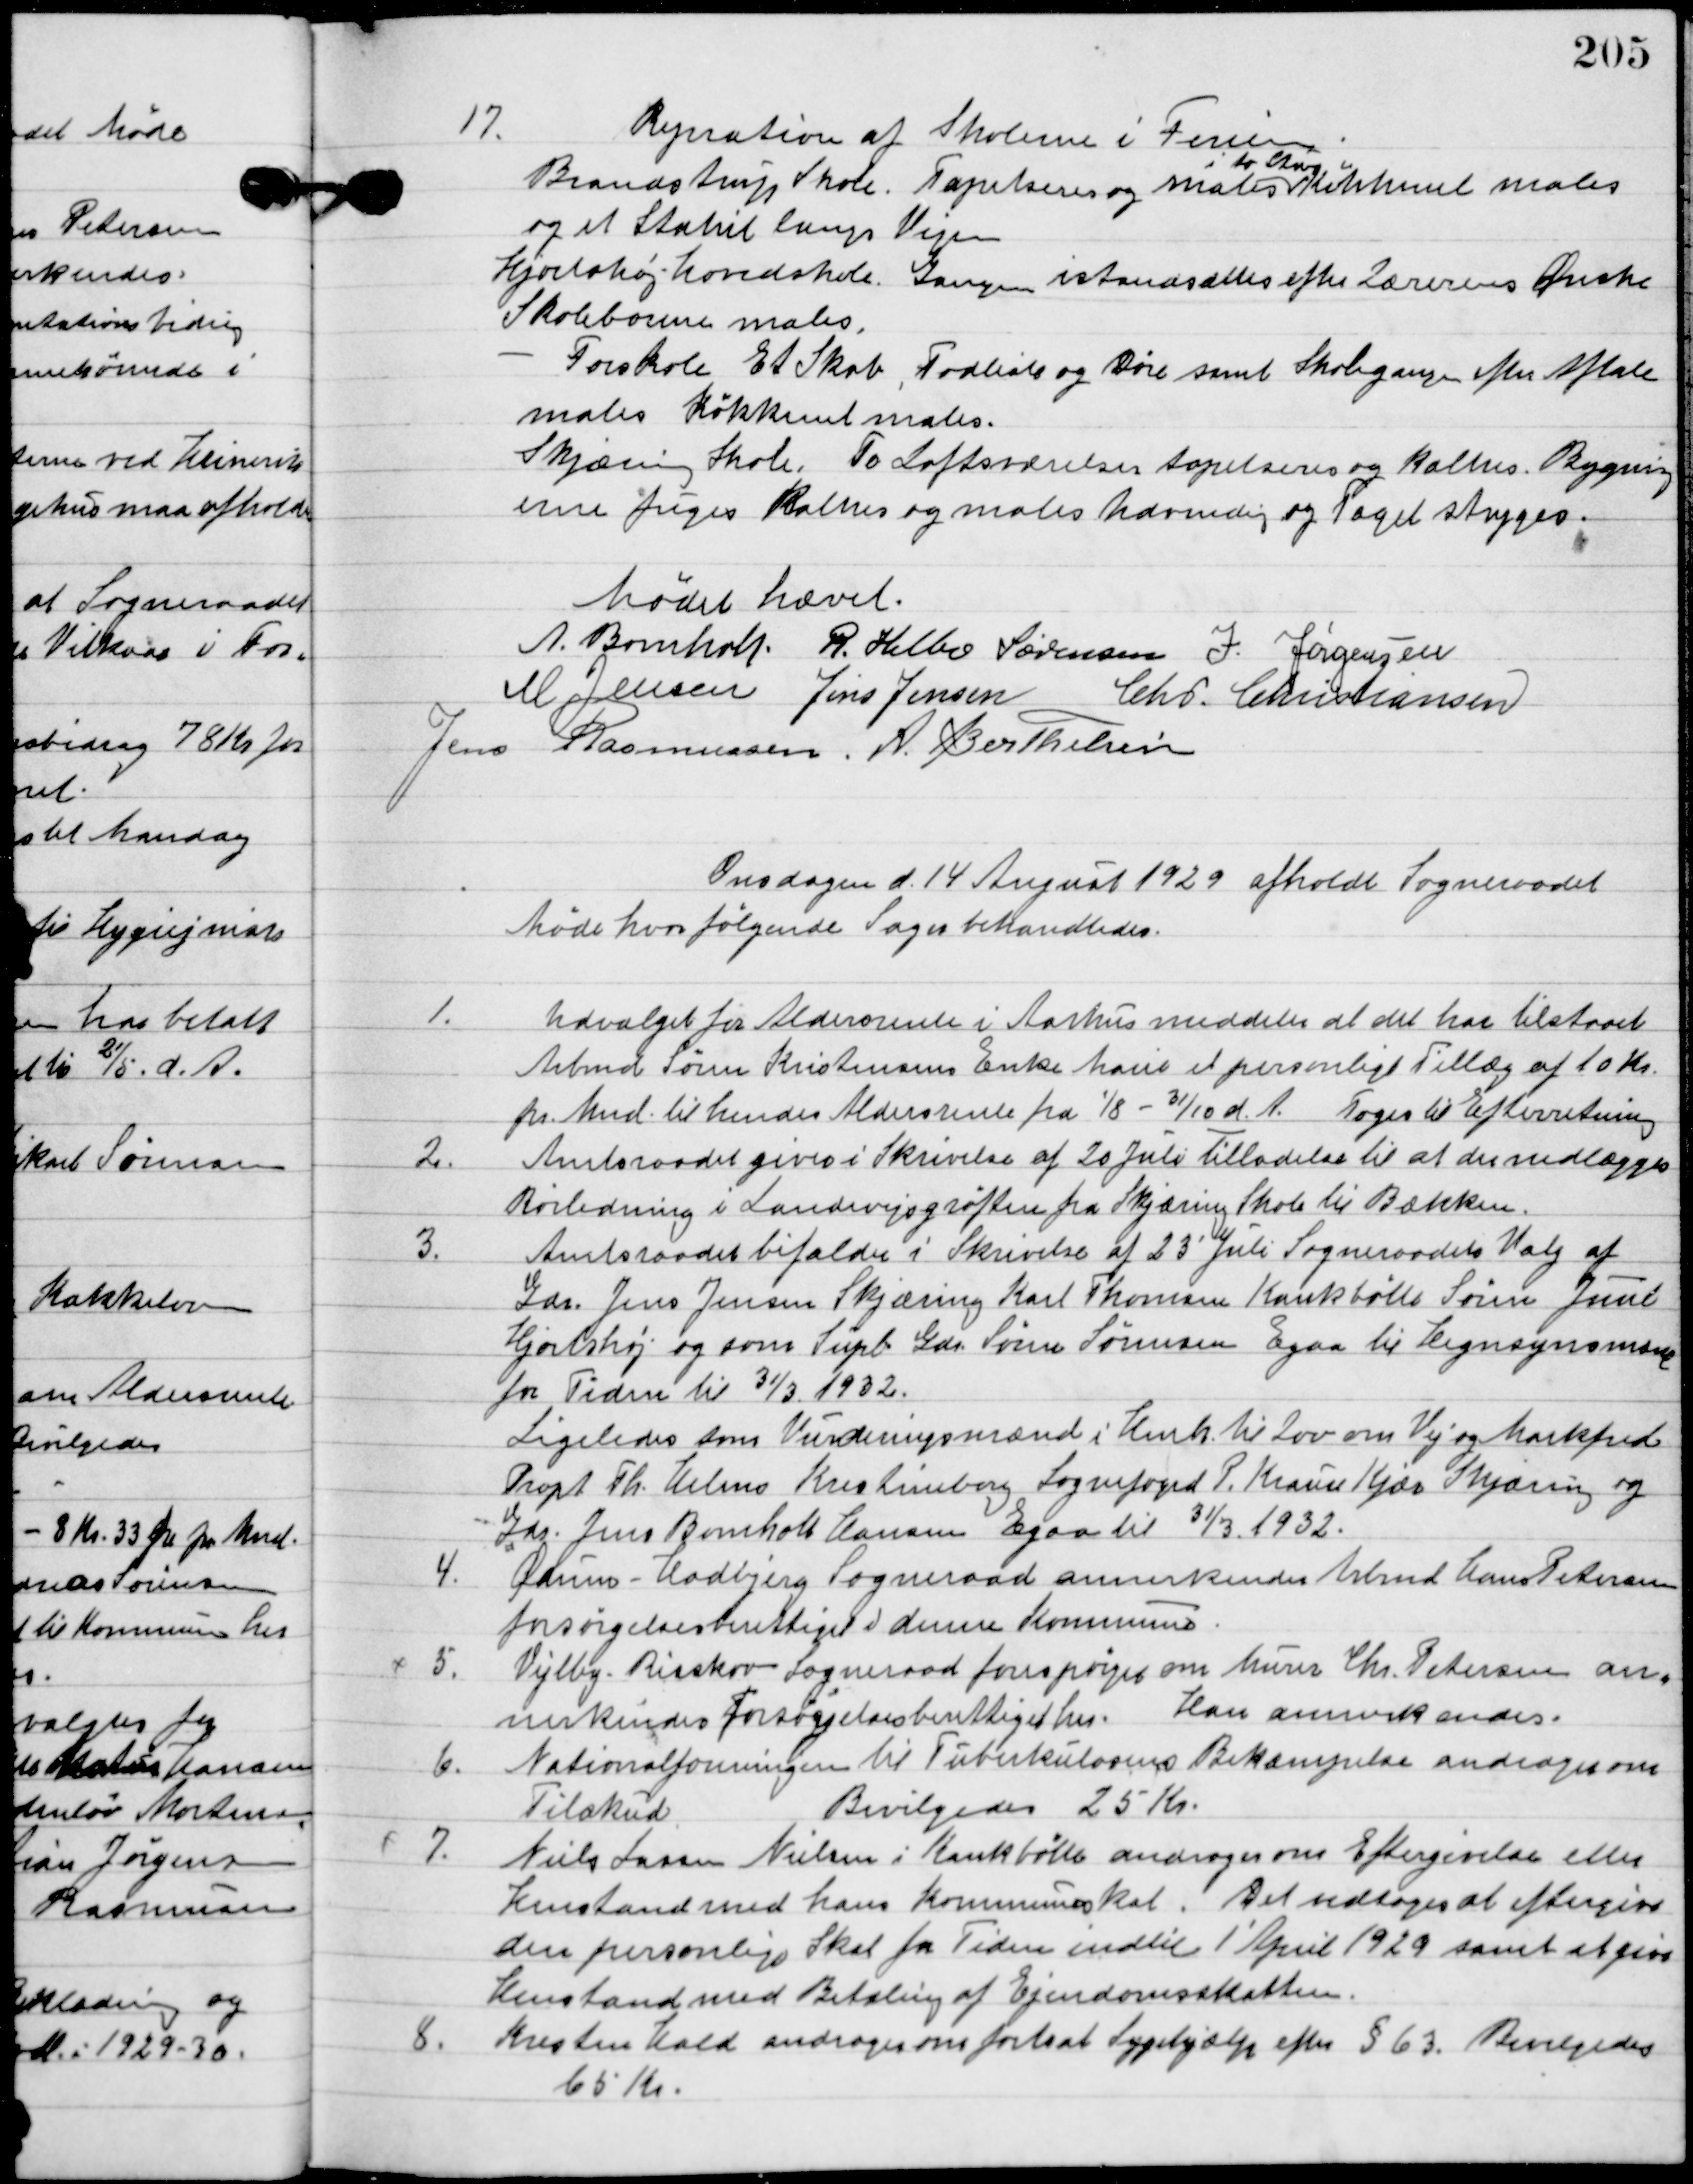
Transskription:
17

Reparation af skolerne i Ferien. 
Brandstrup Skole. Tapetseres og males
i to stuer
Køkkenet males 
og et Stakit langs Vejen.
Hjortshøj hovedskole. Gangen istandsættes efter 2lærernes ønske. 
Skolebordene males.
Forskole Et Skab, Fodliste og Døre samt Skolegangen efter Aftale 
males Køkkenet males.
Skjæring skole. To Loftsværelser tapetseres og males. Bygning-
erne fuges kalkes og males udvendig og taget stryges.

Mødet hævet.

Anders Bomholt
R. Helbo Sørensen
J. Jørgensen
M. Jensen
Jens Jensen
Chr. Christiansen
Jens Rasmussen
A. Berthelsen

Onsdag d. 14. August 1929 afholdt sognerådet
møde hvor følgende sager behandledes.

1

Udvalget for Aldersrente i Aarhus meddelelse at det har tilstodes
Arbmd. Søren Kristensens enke Marie et personligt tillæg af 10 kr.
 pr. Mnd. Til hendes Aldersrente fra 1/8-31/10 d. A.
 Toges til Efterretning.

2

Amtsraadet gives i Skrivelse af 20 juli Tilladelse til at der nedlægges
 Rørledning i Landevejsgrøften fra Skjæring Skole til bækken.

3

Amtsraadet bifalder i skrivelse af 23 juli Sogneraadets Valg af
Gdr. Jens Jensen Skjæring Karl Thomsen Kankbølle Søren Juul
Hjortshøj og som Supl. Gdr. Søren Sørensen Egaa til hegnssyn mand
for tiden til 31/3. 1932.
Ligeledes som Vurderingsmænd i henh. til lov om Vej og Markfred
Propt. Th. Helms Kristenborg Sognefoged P. Krause Kjær Skjæring og
Gdr. Jens Bomholt Hansen Egaa til 31/3. 1932.

4

Ødum-Hadbjerg Sogneraad forespørge om Arbmd. Hans Petersen
 forsørgelsesberettiget i denne kommune.

5

Vejby Risskov Sogneraad forespørger om murer Chr. Pedersen an
nerkendes forsørgelsesberettiget her.
Han annerkendes.

6

Nationalforeningen til Tuberkulose Bekæmpelse andragende om
Tilskud
Bevilgedes 25 kr.

7

Niels Larsen Nielsen i Krankbølle andragende om Eftergivelse eller
henstand med hans kommuneskat. Det vedtoges at eftergive
den personlige Skat fra Tiden indtil 1 April 1929 samt at give
henstand med Betaling af Ejendomsskatten.

8

Kirsten Hald andrager om fortsat Sygehjælp efter § 63. Bevilgedes
65 kr.